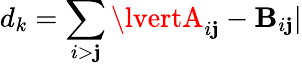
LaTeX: d_{k}=\sum_{i>\mathbf{j}}\lvertA_{i\mathbf{j}}-\mathbf{B}_{i\mathbf{j}}\rvert